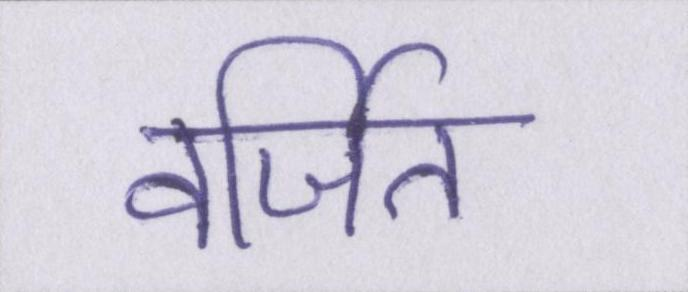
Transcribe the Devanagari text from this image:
वर्जित